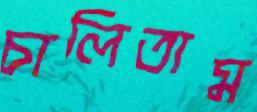
চালিতাম